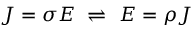
J = \sigma E \, \, \rightleftharpoons \, \, E = \rho J \,